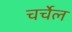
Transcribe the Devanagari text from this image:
चर्चेल